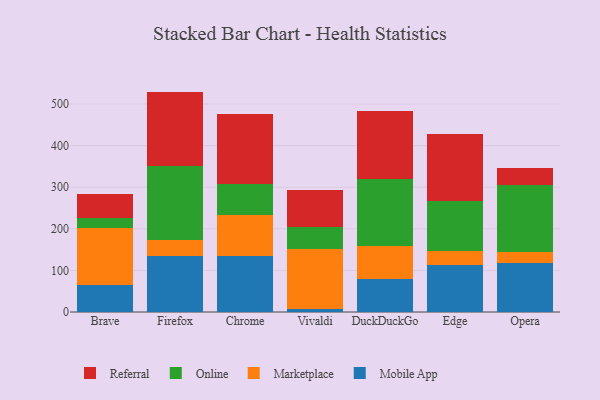
{"axis": {"x": "Browser", "y": "Website Visitors"}, "legend": ["Marketplace", "Mobile App", "Online", "Referral"], "data": [{"x": "Brave", "y": 63.9, "type": "Mobile App"}, {"x": "Brave", "y": 137.3, "type": "Marketplace"}, {"x": "Brave", "y": 24.6, "type": "Online"}, {"x": "Brave", "y": 57.4, "type": "Referral"}, {"x": "Firefox", "y": 135.4, "type": "Mobile App"}, {"x": "Firefox", "y": 37.8, "type": "Marketplace"}, {"x": "Firefox", "y": 177.8, "type": "Online"}, {"x": "Firefox", "y": 178.8, "type": "Referral"}, {"x": "Chrome", "y": 135.1, "type": "Mobile App"}, {"x": "Chrome", "y": 98.8, "type": "Marketplace"}, {"x": "Chrome", "y": 74.4, "type": "Online"}, {"x": "Chrome", "y": 167.9, "type": "Referral"}, {"x": "Vivaldi", "y": 8.1, "type": "Mobile App"}, {"x": "Vivaldi", "y": 142.6, "type": "Marketplace"}, {"x": "Vivaldi", "y": 52.6, "type": "Online"}, {"x": "Vivaldi", "y": 89.1, "type": "Referral"}, {"x": "DuckDuckGo", "y": 78.5, "type": "Mobile App"}, {"x": "DuckDuckGo", "y": 81.3, "type": "Marketplace"}, {"x": "DuckDuckGo", "y": 158.9, "type": "Online"}, {"x": "DuckDuckGo", "y": 164.1, "type": "Referral"}, {"x": "Edge", "y": 112.5, "type": "Mobile App"}, {"x": "Edge", "y": 34.0, "type": "Marketplace"}, {"x": "Edge", "y": 119.7, "type": "Online"}, {"x": "Edge", "y": 160.7, "type": "Referral"}, {"x": "Opera", "y": 116.7, "type": "Mobile App"}, {"x": "Opera", "y": 28.3, "type": "Marketplace"}, {"x": "Opera", "y": 160.5, "type": "Online"}, {"x": "Opera", "y": 39.6, "type": "Referral"}]}